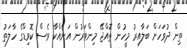
ތިން ދުވަހަށް ބަލާއިރު މީހުން ތޮއްޖޭ މިންވަރުން އަނެއްކާ ވެސް ކޮވިޑްގެ ހާލަތު